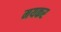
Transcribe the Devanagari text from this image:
मयकर